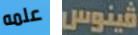
علمه فينوس